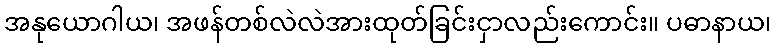
အနုယောဂါယ၊ အဖန်တစ်လဲလဲအားထုတ်ခြင်းငှာလည်းကောင်း။ ပဓာနာယ၊